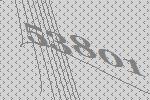
53801